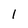
Character: 1